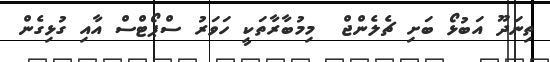
ތިނަދޫ އަބުޅޯ ބަށި ޗެލެންޖް  މިމުބާރާތަކީ ހަވަރު ސްޕޯޓްސް އާއި ގުޅިގެން